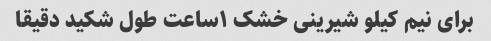
برای نیم کیلو شیرینی خشک ۱ساعت طول شکید دقیقا